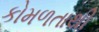
કોમળતાથી